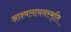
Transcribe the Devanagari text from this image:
आश्वलायनस्मृति